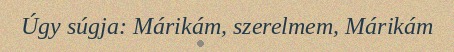
Úgy súgja: Márikám, szerelmem, Márikám